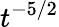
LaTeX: t^{-5/2}